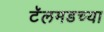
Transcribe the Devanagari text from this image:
टॅलमडच्या